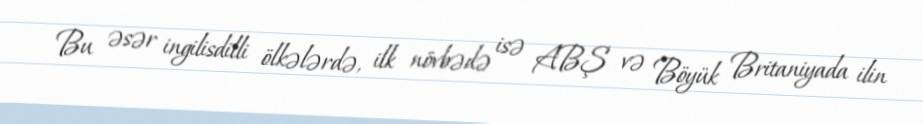
Bu əsər ingilisdilli ölkələrdə, ilk növbədə isə ABŞ və Böyük Britaniyada ilin